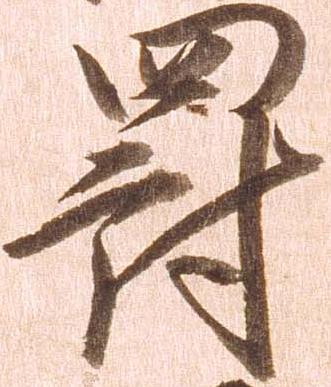
罰